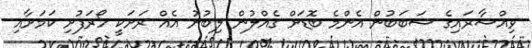
ވިއްސާރައިގެ ސަބަބުން އެންމެ ބޮޑަށް ގެއްލުން ލިބުނު އެއް ރަށަކީ ހޯރަފުށި ކަމަށާއި